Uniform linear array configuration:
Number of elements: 8
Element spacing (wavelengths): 1
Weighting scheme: exponential
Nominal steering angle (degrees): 45
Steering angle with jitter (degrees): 44.423
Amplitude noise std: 0.05
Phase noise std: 0.05

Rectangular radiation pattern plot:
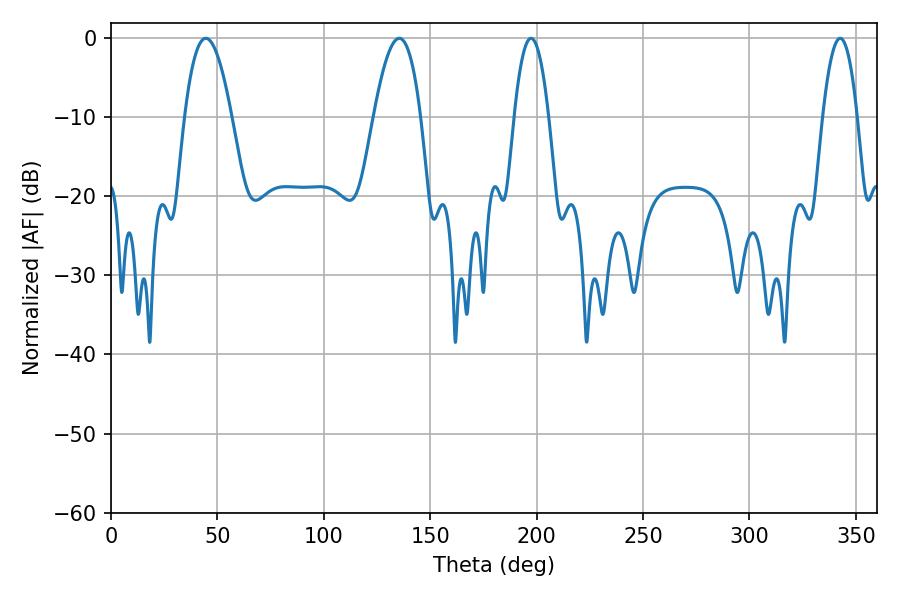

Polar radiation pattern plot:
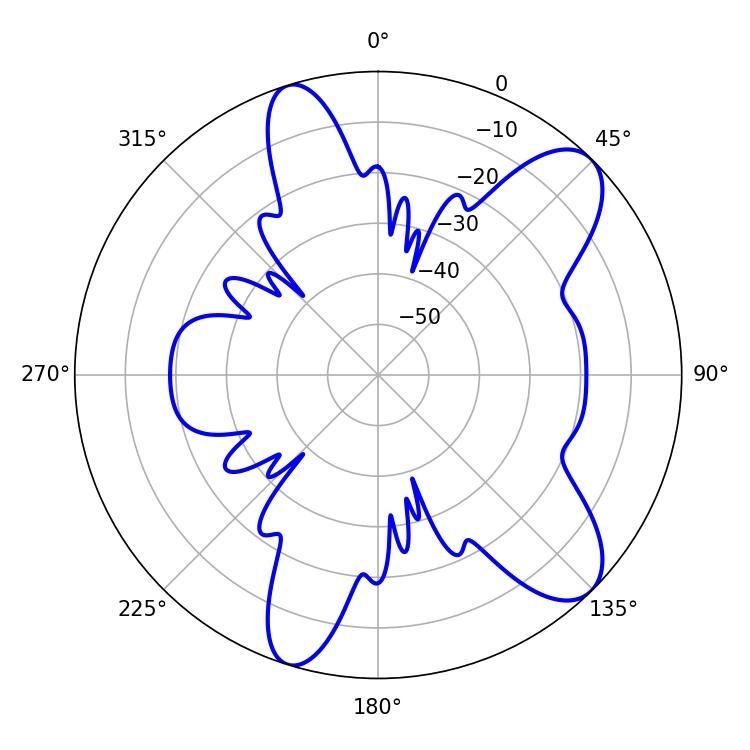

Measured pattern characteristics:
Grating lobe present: TRUE
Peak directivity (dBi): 9.495
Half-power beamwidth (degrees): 12.06
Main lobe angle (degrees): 44.46